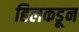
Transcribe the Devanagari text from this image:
हिलकडून